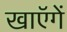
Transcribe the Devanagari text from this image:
खाएॅगें